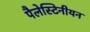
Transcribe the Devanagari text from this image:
पैलेस्टिनीयन